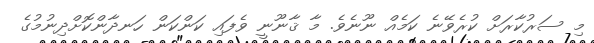
މި ސަރުކާރަށް ކުރެވޭނެ ކަމެއް ނޫނެވެ. މާ ޤާނޫނީ ވެފައި ކަންކަން ހަނދާންކޮށްދިނުމުގެ